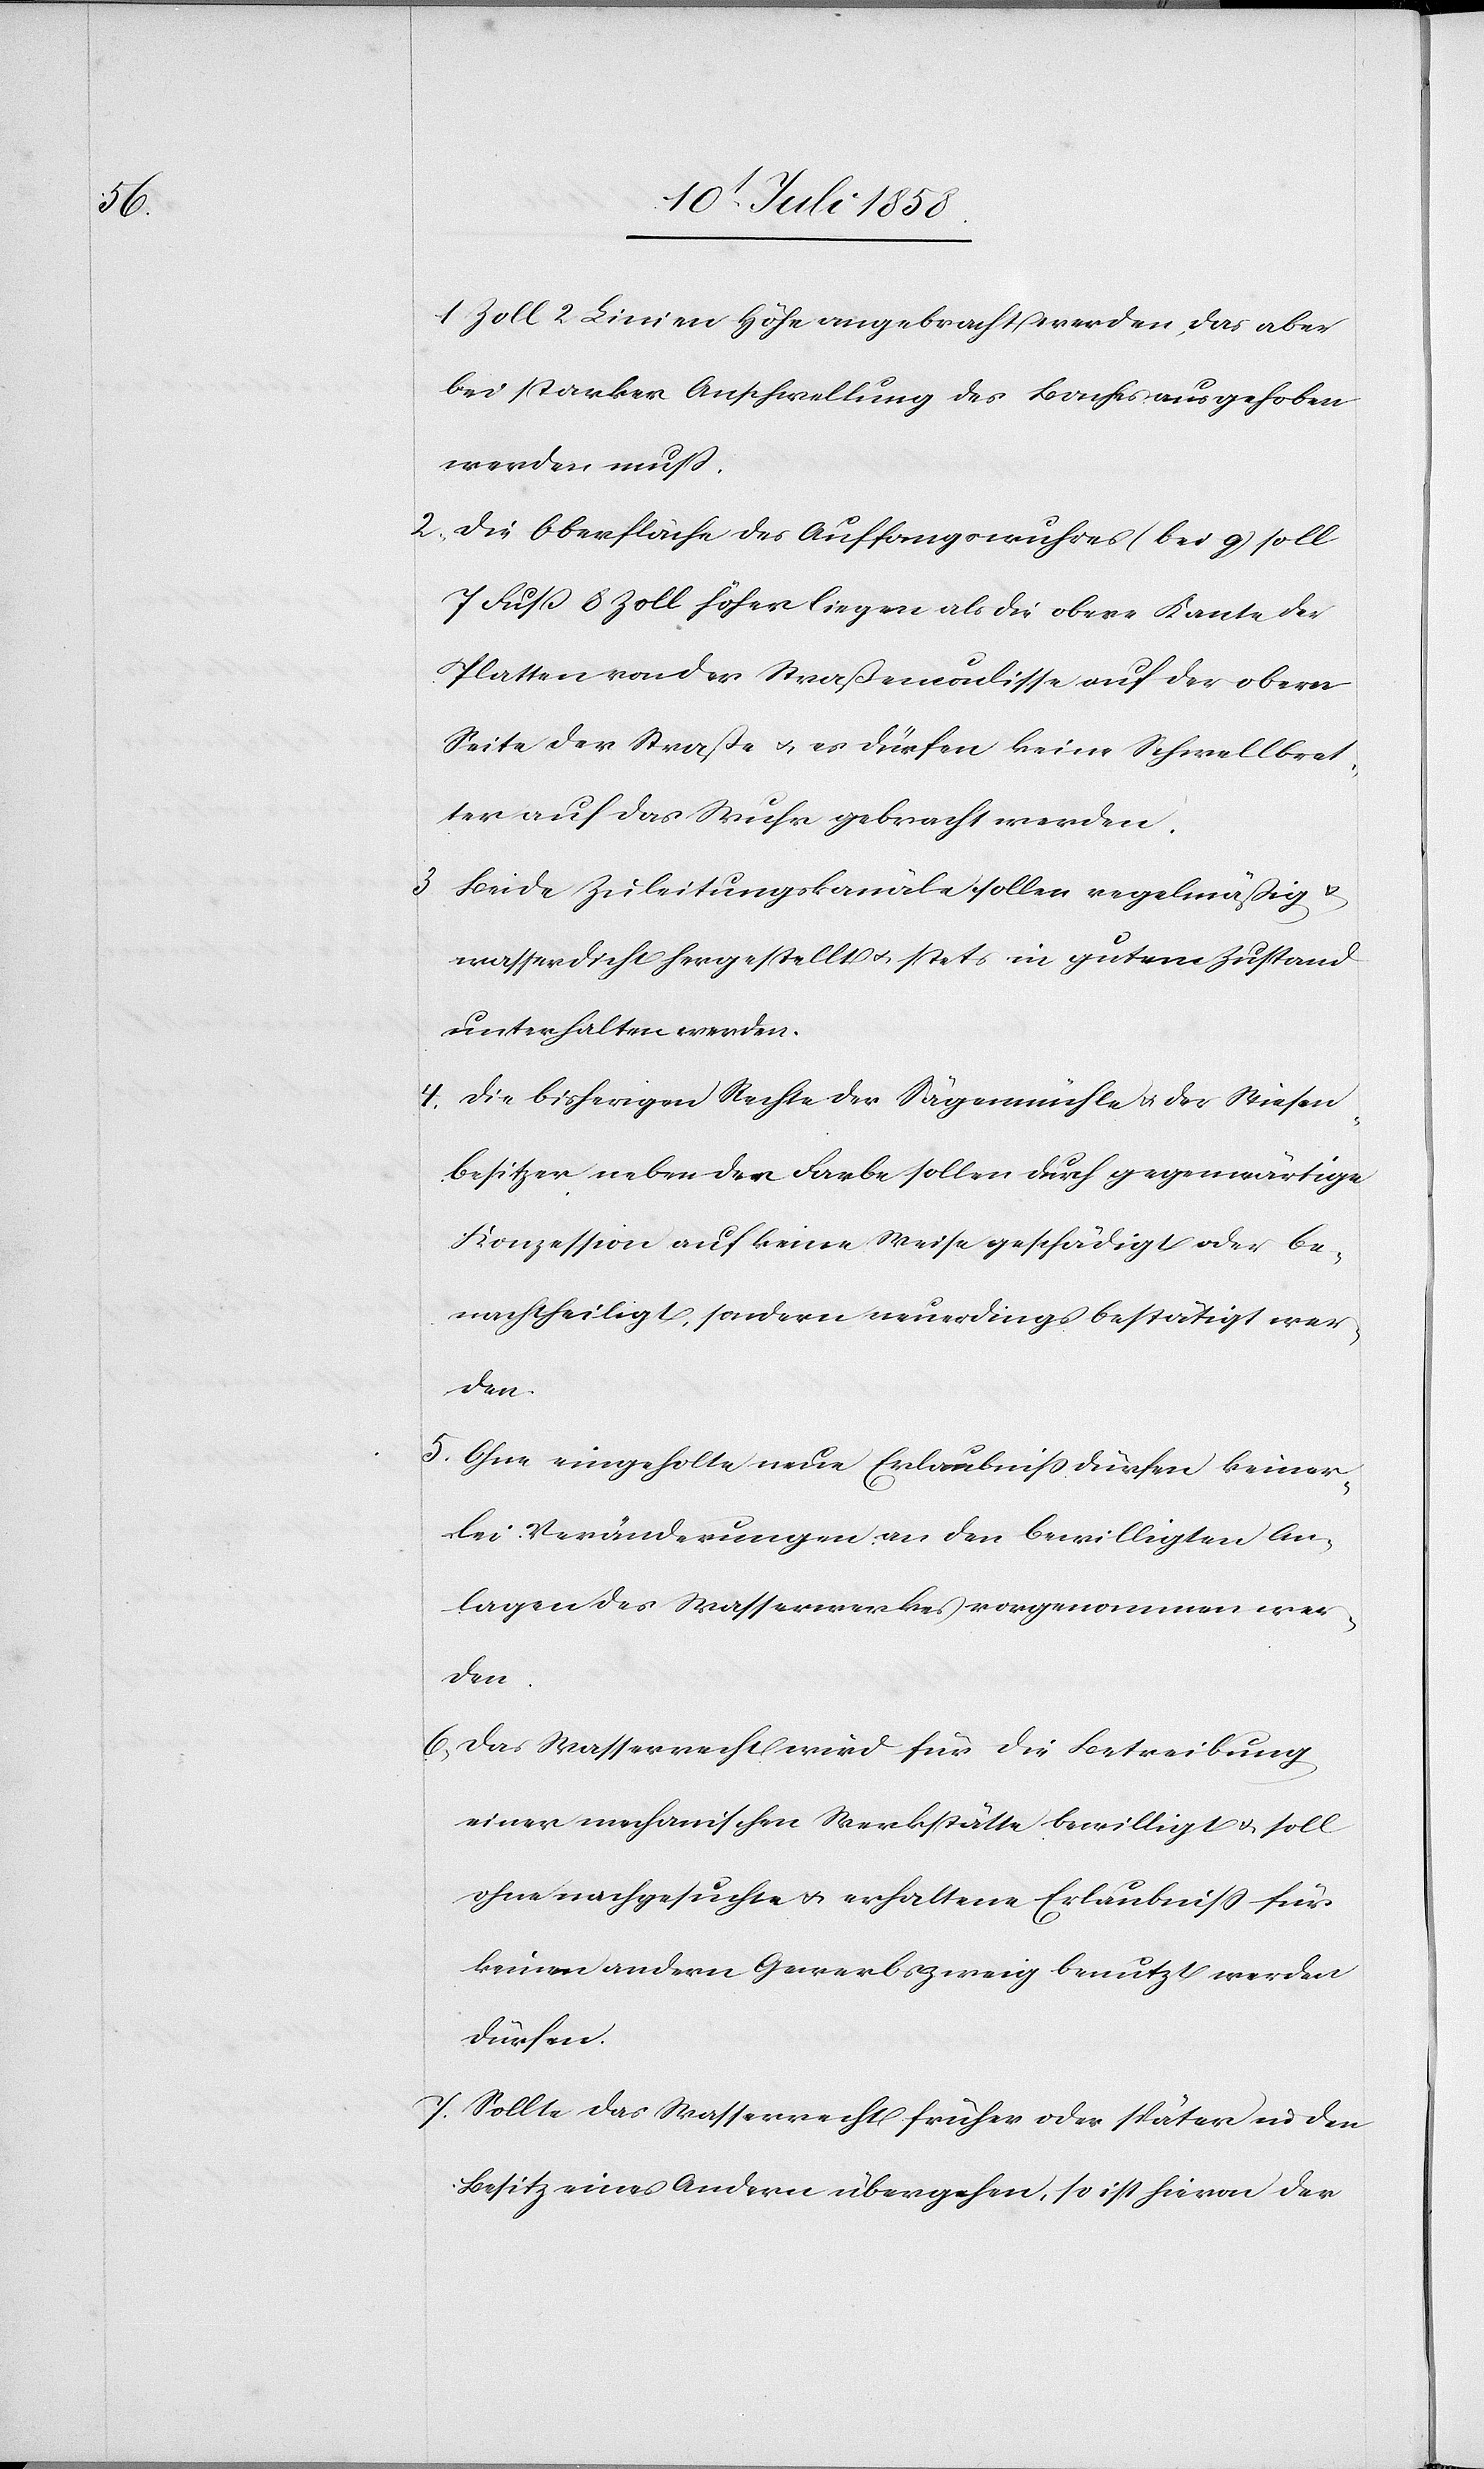
1 Zoll 2 Linien Höhe angebracht werden, das aber
bei starker Anschwellung des Baches ausgehoben
werden muß.
Die Oberfläche des Auffangswuhres (bei g) soll
7 Fuß 8 Zoll höher liegen als die obere Kante der
Platten von der Straßencoulisse auf der obern
Seite der Straße & es dürfen keine Schwellbret¬
ter auf das Wuhr gebracht werden.
Beide Zuleitungskanäle sollen regelmäßig &
wasserdicht hergestellt & stets in gutem Zustand
unterhalten werden.
Die bisherigen Rechte der Sägenmühle & der Wiesen¬
besitzer neben der Farbe sollen durch gegenwärtige
Konzession auf keine Weise geschädigt oder be¬
nachtheiligt, sondern neuerdings bestätigt wer¬
den.
Ohne eingeholte neue Erlaubniss dürfen keiner¬
lei Veränderungen an den bewilligten An¬
lagen des Wasserwerkes vorgenommen wer¬
den.
Das Wasserrecht wird für die Betreibung
einer mechanischen Werkstätte bewilligt & soll
ohne nachgesuchte & erhaltene Erlaubniss für
keinen andern Gewerbszweig benutzt werden
dürfen.
Sollte das Wasserrecht früher oder später in den
Besitz eines Andern übergehen, so ist hievon der